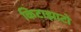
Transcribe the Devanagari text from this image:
किटाझाटो